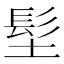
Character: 𩫽